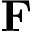
\mathbf { F }